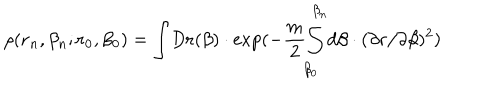
\rho ( { \bf r } _ { n } , \beta _ { n } ; { \bf r } _ { 0 } , \beta _ { 0 } ) = { \int } D { \bf r } ( \beta ) \cdot \exp ( - \frac m 2 { \int _ { \beta _ { 0 } } ^ { \beta _ { n } } } d \beta \cdot ( \partial { \bf r } / \partial \beta ) ^ { 2 } )